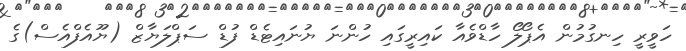
ހަވީރީ ހިނގުމުން އެޕޯލޯ ހާޑްވެއާ ކައިރީގައި ހުންނަ ޔުނައިޓެޑް ފުޑް ސަޕްލަޔާޒް (ޔޫއެފްއެސް)ގެ